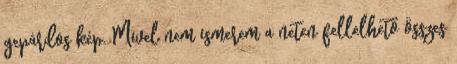
gepárdos kép. Mivel nem ismerem a neten fellelhető összes